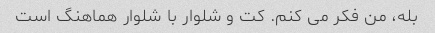
بله، من فکر می کنم. کت و شلوار با شلوار هماهنگ است